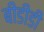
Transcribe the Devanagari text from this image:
बीडीडी